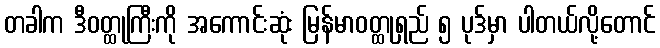
တခါက ဒီဝတ္ထုကြီးကို အကောင်းဆုံး မြန်မာဝတ္ထုရှည် ၅ ပုဒ်မှာ ပါတယ်လို့တောင်